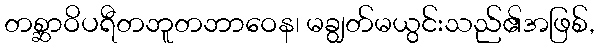
တစ္ဆာဝိပရီတဘူတဘာဝေန၊ မချွတ်မယွင်းသည်၏အဖြစ်,